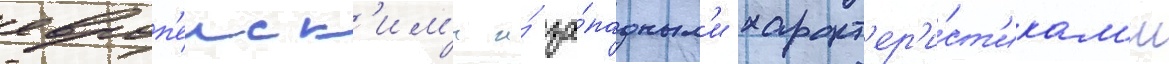
европ'еиск'им'и и́ за́падным'и характ'ер'и́ст'икам'и